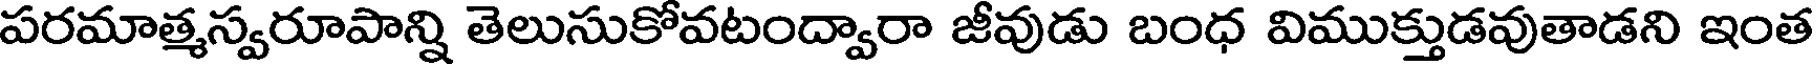
పరమాత్మస్వరూపాన్ని తెలుసుకోవటంద్వారా జీవుడు బంధ విముక్తుడవుతాడని ఇంత